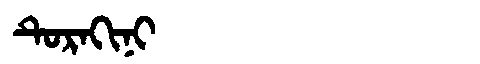
Manchu: ᡨᡠᡵᠠᡴᡳᠨᡳ
Romanization: TURAKINI